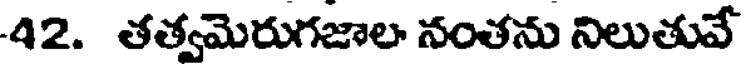
42. తత్వమెరుగజాల నంతను నిలుతువే